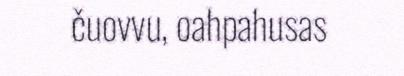
čuovvu, oahpahusas